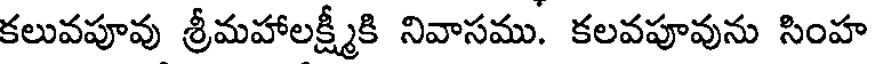
కలువపూవు శ్రీమహాలక్ష్మీకి నివాసము. కలవపూవును సింహ